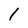
Character: 1